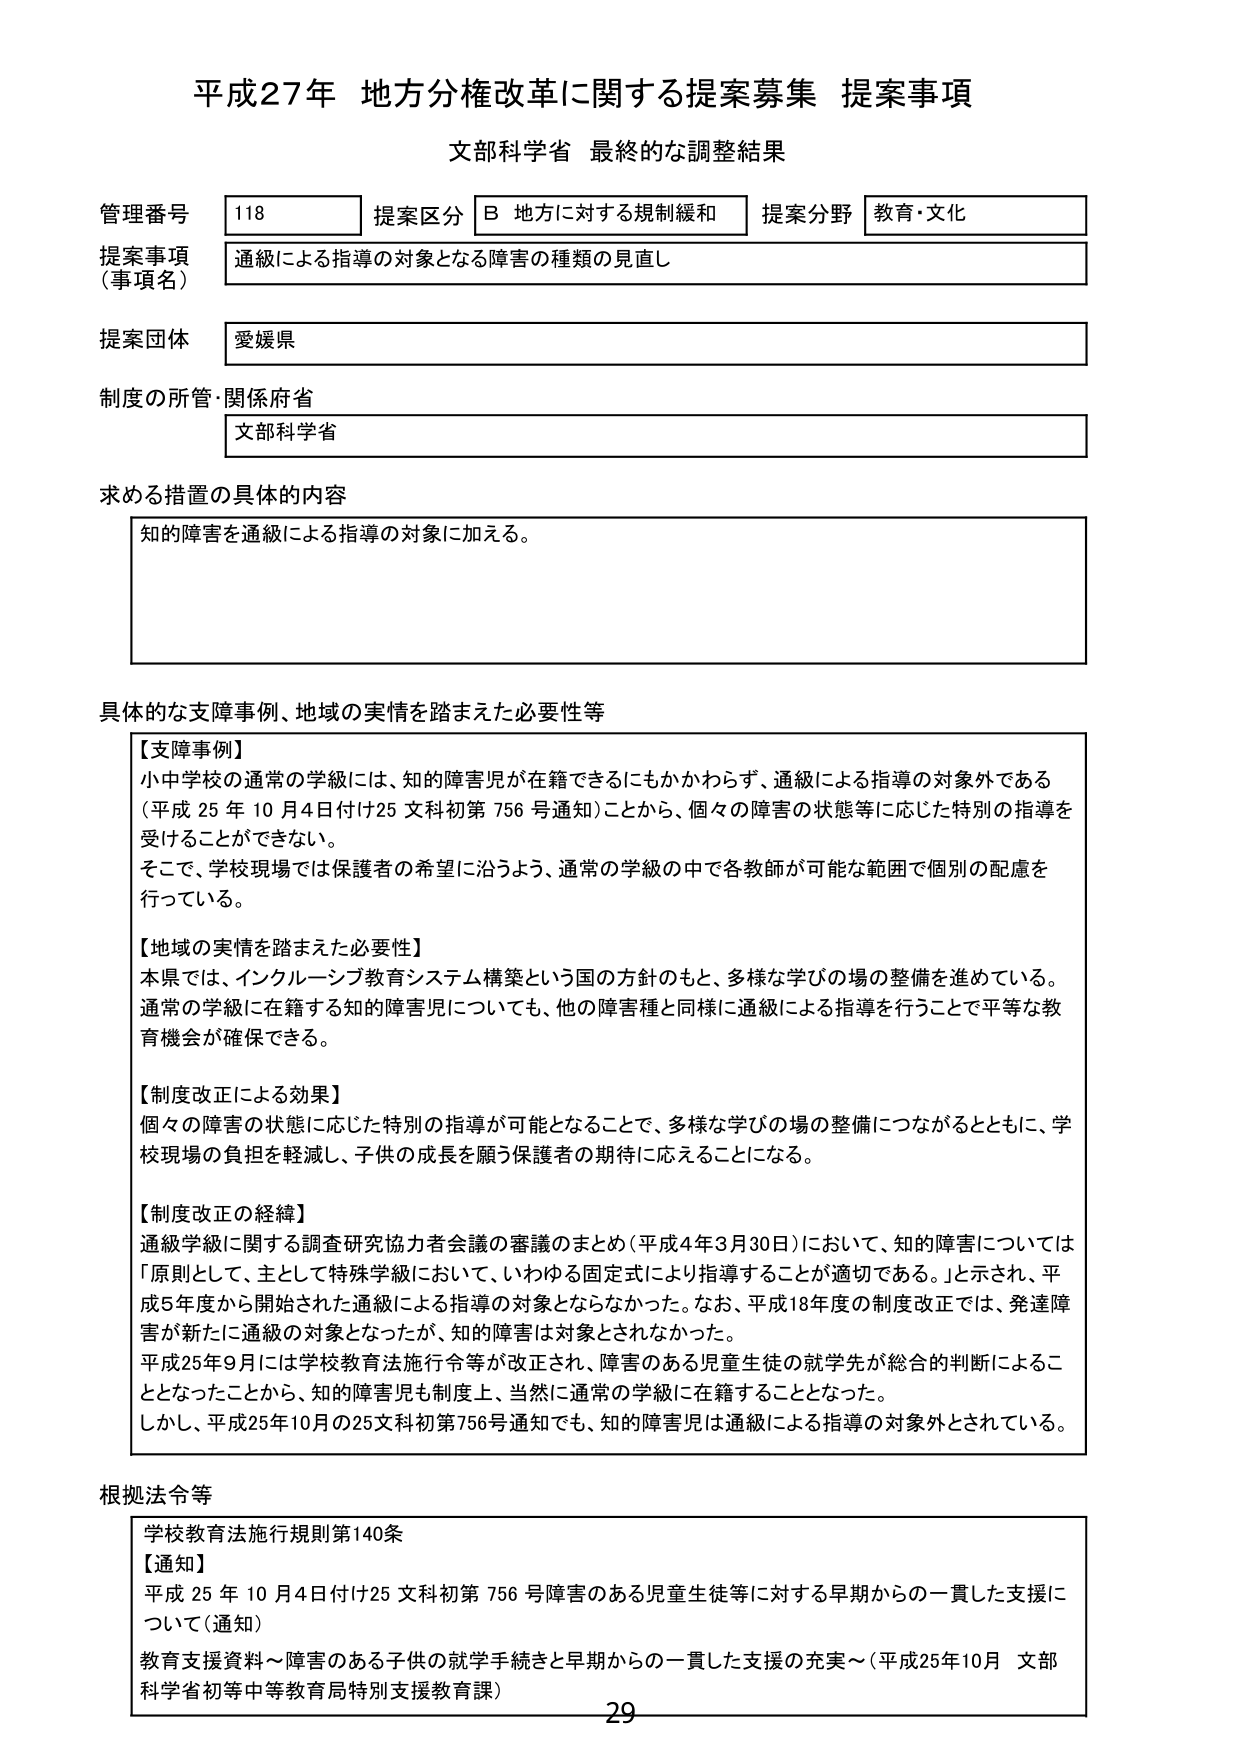
平成27年 地方分権改革に関する提案募集 提案事項
文部科学省 最終的な調整結果

管理番号 118
提案区分 B 地方に対する規制緩和
提案分野 教育・文化

提案事項（事項名）
通級による指導の対象となる障害の種類の見直し

提案団体
愛媛県

制度の所管・関係府省
文部科学省

求める措置の具体的内容
知的障害を通級による指導の対象に加える。

具体的な支障事例、地域の実情を踏まえた必要性等
【支障事例】
小中学校の通常の学級には、知的障害児が在籍できるにもかかわらず、通級による指導の対象外である（平成25年10月4日付け25文科初第756号通知）ことから、個々の障害の状態等に応じた特別の指導を受けることができない。
そこで、学校現場では保護者の希望に沿うよう、通常の学級の中で各教師が可能な範囲で個別の配慮を行っている。

【地域の実情を踏まえた必要性】
本県では、インクルーシブ教育システム構築という国の方針のもと、多様な学びの場の整備を進めている。通常の学級に在籍する知的障害児についても、他の障害種と同様に通級による指導を行うことで平等な教育機会が確保できる。

【制度改正による効果】
個々の障害の状態に応じた特別の指導が可能となることで、多様な学びの場の整備につながるとともに、学校現場の負担を軽減し、子供の成長を願う保護者の期待に応えることになる。

【制度改正の経緯】
通級学級に関する調査研究協力者会議の審議のまとめ（平成4年3月30日）において、知的障害については「原則として、主として特殊学級において、いわゆる固定式により指導することが適切である。」と示され、平成5年度から開始された通級による指導の対象とならなかった。なお、平成18年度の制度改正では、発達障害が新たに通級の対象となったが、知的障害は対象とされなかった。
平成25年9月には学校教育法施行令等が改正され、障害のある児童生徒の就学先が総合的判断によることとなったことから、知的障害児も制度上、当然に通常の学級に在籍することとなった。
しかし、平成25年10月の25文科初第756号通知でも、知的障害児は通級による指導の対象外とされている。

根拠法令等
学校教育法施行規則第140条
【通知】
平成25年10月4日付け25文科初第756号 障害のある児童生徒等に対する早期からの一貫した支援について（通知）
教育支援資料～障害のある子供の就学手続きと早期からの一貫した支援の充実～（平成25年10月 文部科学省初等中等教育局特別支援教育課）

29